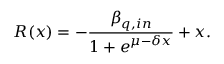
R ( x ) = - \frac { \beta _ { q , i n } } { 1 + e ^ { \mu - \delta x } } + x .